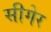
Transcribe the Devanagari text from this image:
सीगेर